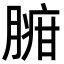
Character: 𦟉